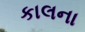
કાલના